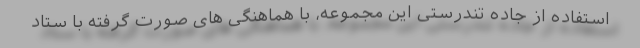
استفاده از جاده تندرستی این مجموعه، با هماهنگی های صورت گرفته با ستاد